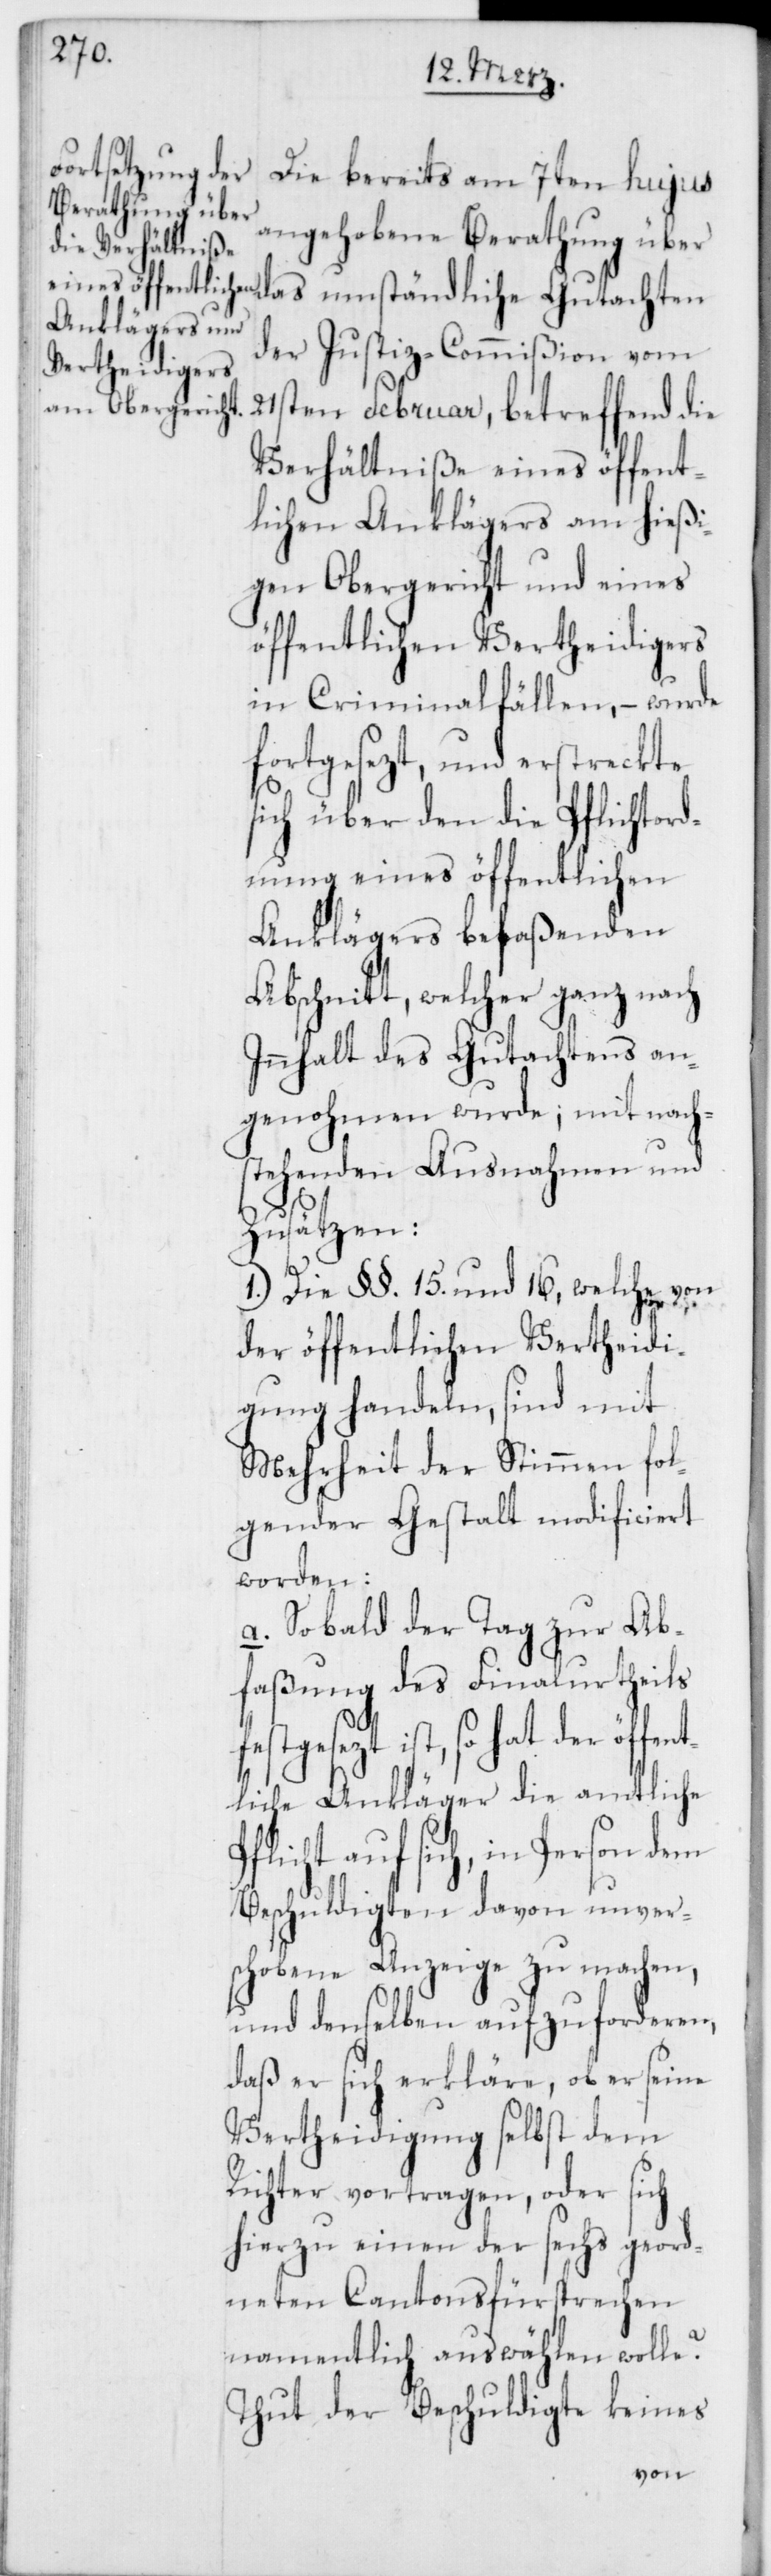
Die bereits am 7ten hujus
angehobene Berathung über
das umständliche Gutachten
der Justiz-Commißion vom
21sten Februar, betreffend die
Verhältniße eines öffent¬
lichen Anklägers am hießi¬
gen Obergericht und eines
öffentlichen Vertheidigers
in Criminalfällen, – wurde
fortgesezt, und erstreckte
sich über den die Pflichtord¬
nung eines öffentlichen
Anklägers befaßenden
Abschnitt, welcher ganz nach
Innhalt des Gutachtens an¬
genohmen wurde; mit nach¬
stehenden Ausnahmen und
Zusätzen:
1.) Die §§. 15. und 16, welche von
der öffentlichen Vertheidi¬
gung handeln, sind mit
Mehrheit der Stimmen fol¬
gender Gestalt modificiert
worden:
a. Sobald der Tag zur Ab¬
faßung des Finalurtheils
ist, so hat der öf¬
liche Ankläger die amtliche
Pflicht auf sich, in Person dem
Beschuldigten davon unver¬
schobene Anzeige zu machen,
und denselben aufzuforderen,
daß er sich erkläre, ob er seine
Vertheidigung selbst dem
Richter vortragen, oder sich
hierzu einen der sechs geord¬
neten Cantonsfürsprechen
namentlich auswählen wolle?
Thut der Beschuldigte keines
fent¬